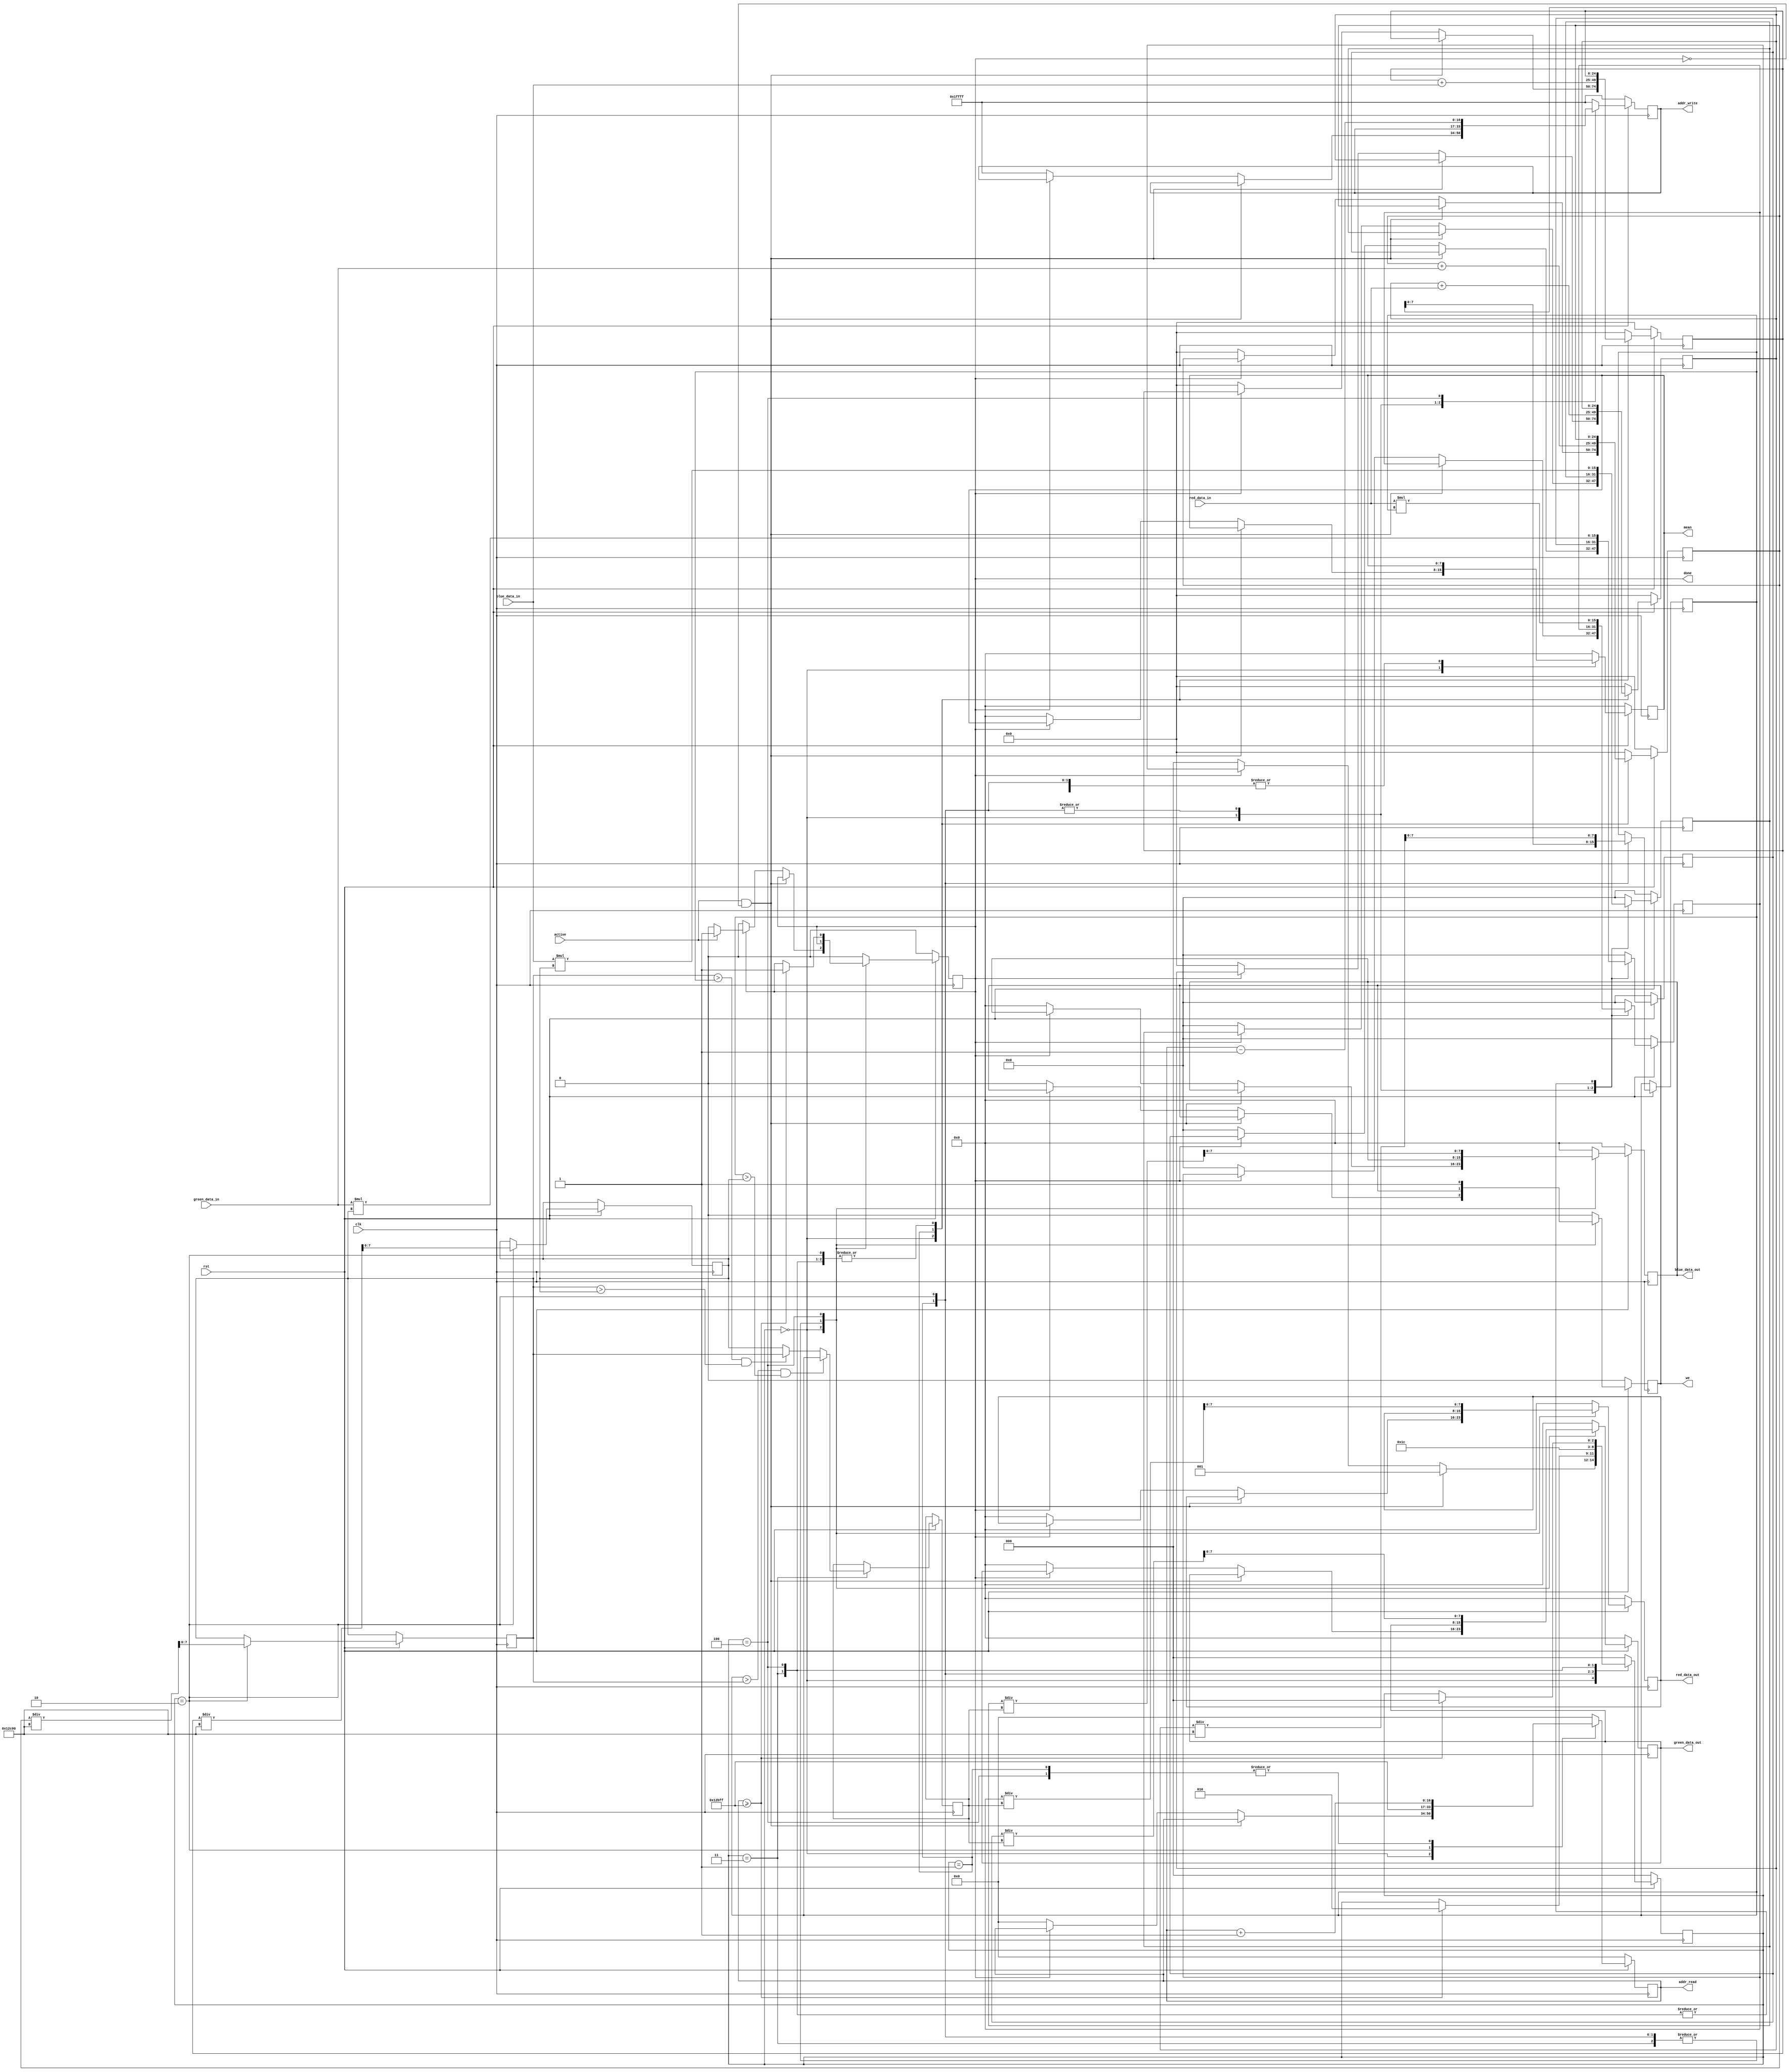
/*
 * Module Name: img_processing.
 *
 * Description: Executes PDI.
 *
 * Inputs:
 *    clk - Main clock signal
 *    rst - Reset signal
 *    active - Signal that activates PDI execution
 *    red_data_in - Input byte data for red channel
 *    green_data_in - Input byte data for green channel
 *    blue_data_in - Input byte data for blue channel
 *
 * Outputs:
 *    done - Signal that indicates when a PDI cycle is done
 *    red_data_out - Output byte data for red channel
 *    green_data_out - Output byte data for green channel
 *    blue_data_out - Output byte data for blue channel
 *    we - BRAM write enable signal
 *    addr_read - Address for reading memory
 *    addr_write - Address for writing memory
 *    mean - Debug signal
 *
 * Functionality:
 *    State machine that processes PDI.
 *    States:
 *      - 000: Initializes values and waits for active signal
 *      - 001: Accumulates the data for the mean calculation
 *      - 010: Calculates the mean for each channel
 *      - 011: Calculates the max mean and prepares the data for the next state
 *      - 100: Executes the ilumination compesation
 */

module img_processing(
    input clk,
    input rst,
    input active,
    output reg done,

    input [7:0] red_data_in,
    input [7:0] green_data_in,
    input [7:0] blue_data_in,
    output reg [7:0] red_data_out,
    output reg [7:0] green_data_out,
    output reg [7:0] blue_data_out,

    output reg we,
    output reg [16:0] addr_read,
    output reg [16:0] addr_write,
    output reg [7:0] mean
);

    reg [2:0] state;

    reg [24:0] red_acumulator;
    reg [24:0] green_acumulator;
    reg [24:0] blue_acumulator;

    reg [7:0] red_mean;
    reg [7:0] green_mean;
    reg [7:0] blue_mean;
    reg [7:0] max_mean;

    reg [15:0] temp_red;
    reg [15:0] temp_green;
    reg [15:0] temp_blue;

    task init_values;
        begin
            state <= 3'b000;
            done <= 1'b0;
            we <= 1'b0;
            addr_read <= 17'b0;
            addr_write <= {17{1'b1}};
            mean <= 8'b0;
            red_acumulator <= 25'b0;
            green_acumulator <= 25'b0;
            blue_acumulator <= 25'b0;
            red_data_out <= 8'b0;
            green_data_out <= 8'b0;
            blue_data_out <= 8'b0;
            temp_blue <= 16'b0;
            temp_green <= 16'b0;
            temp_red <= 16'b0;
        end
    endtask

    always @ (posedge clk) begin
        if (!rst) begin
            init_values;
        end
        else begin
            case (state)
                3'b000: begin
                    if (active && !done) begin
                        state <= 3'b001;
                    end
                    else if (done) begin
                        if (!active) begin
                            done <= 1'b0; // Reset done signal when active signal is low
                        end
                    end
                    else begin
                        init_values;
                    end
                end
                3'b001: begin // Accumulate data for the mean calculation
                    addr_read <= addr_read + 1'b1;
                    red_acumulator <= red_acumulator + red_data_in;
                    green_acumulator <= green_acumulator + green_data_in;
                    blue_acumulator <= blue_acumulator + blue_data_in;
                    red_mean <= red_acumulator[7:0];
                    if (addr_read >= 17'd76799) begin
                        state <= 3'b010;
                    end
                end
                3'b010: begin // Calculate the mean for each channel
                    red_mean <= (red_acumulator/17'd76800);
                    green_mean <= (green_acumulator/17'd76800);
                    blue_mean <= (blue_acumulator/17'd76800);

                    addr_read <= 17'd76799;
                    state <= 3'b011;
                end
                3'b011: begin // Calculate the max mean
                    if (red_mean > green_mean && red_mean > blue_mean) begin
                        max_mean <= red_mean;
                    end
                    else if (green_mean > red_mean && green_mean > blue_mean) begin
                        max_mean <= green_mean;
                    end
                    else begin
                        max_mean <= blue_mean;
                    end
                    
                    // pre-calculate the 76799 pixel value
                    temp_red <= red_data_in*red_mean;
                    temp_green <= green_data_in*green_mean;
                    temp_blue <= blue_data_in*blue_mean;

                    addr_read <= 17'd0;
                    addr_write <= {17{1'b1}};
                    state <= 3'b100;
                end
                3'b100: begin // Execute the ilumination compesation
                    we <= 1'b1;
                    addr_read <= addr_read + 1'b1;
                    addr_write <= addr_read - 1'b1;
                    
                    // Multiply current interation pixel by the channel mean
                    temp_red <= red_data_in*red_mean;
                    temp_green <= green_data_in*green_mean;
                    temp_blue <= blue_data_in*blue_mean;

                    // Divide previous interation result by the max mean
                    red_data_out <= temp_red/max_mean;
                    green_data_out <= temp_green/max_mean;
                    blue_data_out <= temp_blue/max_mean;

                    if (addr_read >= 17'd76799) begin
                        done <= 1'b1;
                        state <= 3'b000;
                    end
                end
                default: begin
                    init_values;
                end
            endcase
        end
    end

endmodule